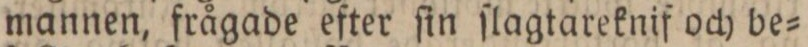
mannen, frågade efter ſin ſlagtareknif och be=